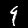
Digit: 9